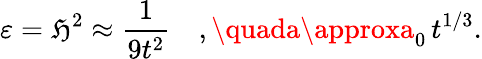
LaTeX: \varepsilon=\mathfrak{H}^{2}\approx\frac{{1}}{{9t^{2}}}\quad,\quada\approxa_{0}\, t^{1/3}.